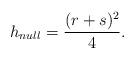
LaTeX: \begin{align*}h _{null} = \frac{(r+s)^{2}}{4} .\end{align*}